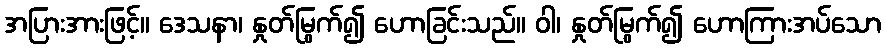
အပြားအားဖြင့်။ ဒေသနာ၊ နှုတ်မြွက်၍ ဟောခြင်းသည်။ ဝါ၊ နှုတ်မြွက်၍ ဟောကြားအပ်သော